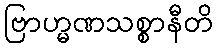
ဗြာဟ္မဏသစ္စာနီတိ